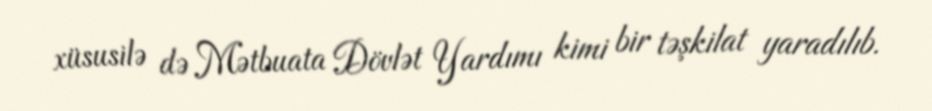
xüsusilə də Mətbuata Dövlət Yardımı kimi bir təşkilat yaradılıb.